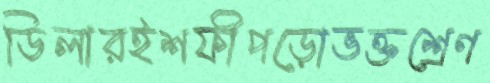
ডিলারইশফীপড়োভক্তশ্রেণ